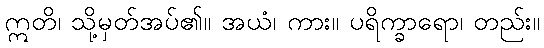
ဣတိ၊ သို့မှတ်အပ်၏။ အယံ၊ ကား။ ပရိက္ခာရော၊ တည်း။